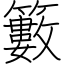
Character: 籔